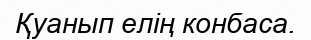
Қуанып елің конбаса.